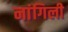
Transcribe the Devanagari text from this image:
नांगिली